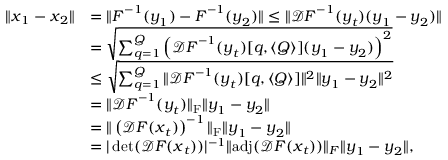
\begin{array} { r l } { \| \boldsymbol { x } _ { 1 } - \boldsymbol { x } _ { 2 } \| } & { = \| \boldsymbol { F } ^ { - 1 } ( \boldsymbol { y } _ { 1 } ) - \boldsymbol { F } ^ { - 1 } ( \boldsymbol { y } _ { 2 } ) \| \le \| \mathcal { D } \boldsymbol { F } ^ { - 1 } ( \boldsymbol { y } _ { t } ) ( \boldsymbol { y } _ { 1 } - \boldsymbol { y } _ { 2 } ) \| } \\ & { = \sqrt { \sum _ { q = 1 } ^ { Q } \left( \mathcal { D } \boldsymbol { F } ^ { - 1 } ( \boldsymbol { y } _ { t } ) [ q , \langle Q \rangle ] ( \boldsymbol { y } _ { 1 } - \boldsymbol { y } _ { 2 } ) \right) ^ { 2 } } } \\ & { \le \sqrt { \sum _ { q = 1 } ^ { Q } \| \mathcal { D } \boldsymbol { F } ^ { - 1 } ( \boldsymbol { y } _ { t } ) [ q , \langle Q \rangle ] \| ^ { 2 } \| \boldsymbol { y } _ { 1 } - \boldsymbol { y } _ { 2 } \| ^ { 2 } } } \\ & { = \| \mathcal { D } \boldsymbol { F } ^ { - 1 } ( \boldsymbol { y } _ { t } ) \| _ { \mathrm { F } } \| \boldsymbol { y } _ { 1 } - \boldsymbol { y } _ { 2 } \| } \\ & { = \| \left( \mathcal { D } \boldsymbol { F } ( \boldsymbol { x } _ { t } ) \right) ^ { - 1 } \| _ { \mathrm { F } } \| \boldsymbol { y } _ { 1 } - \boldsymbol { y } _ { 2 } \| } \\ & { = | \operatorname* { d e t } ( \mathcal { D } \boldsymbol { F } ( \boldsymbol { x } _ { t } ) ) | ^ { - 1 } \| \mathrm { a d j } ( \mathcal { D } \boldsymbol { F } ( \boldsymbol { x } _ { t } ) ) \| _ { F } \| \boldsymbol { y } _ { 1 } - \boldsymbol { y } _ { 2 } \| , } \end{array}